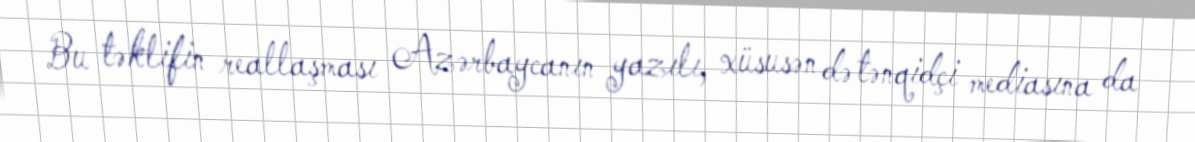
Bu təklifin reallaşması Azərbaycanın yazılı, xüsusən də tənqidçi mediasına da